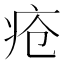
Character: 疮